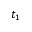
t _ { 1 }